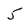
Character: 5